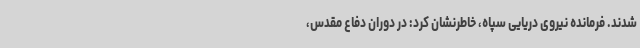
شدند. فرمانده نیروی دریایی سپاه، خاطرنشان کرد: در دوران دفاع مقدس،